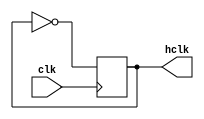
`timescale 1ns / 1ps
//////////////////////////////////////////////////////////////////////////////////
// Company: 
// Engineer: 
// 
// Design Name: 
// Module Name:    slowclk 
// Project Name: 
// Target Devices: 
// Tool versions: 
// Description: 
//
// Dependencies: 
//
// Revision: 
// Revision 0.01 - File Created
// Additional Comments: 
//
//////////////////////////////////////////////////////////////////////////////////
module slowclk(input clk,
					output reg hclk
    );
always @(posedge clk)
	hclk=~hclk;

endmodule